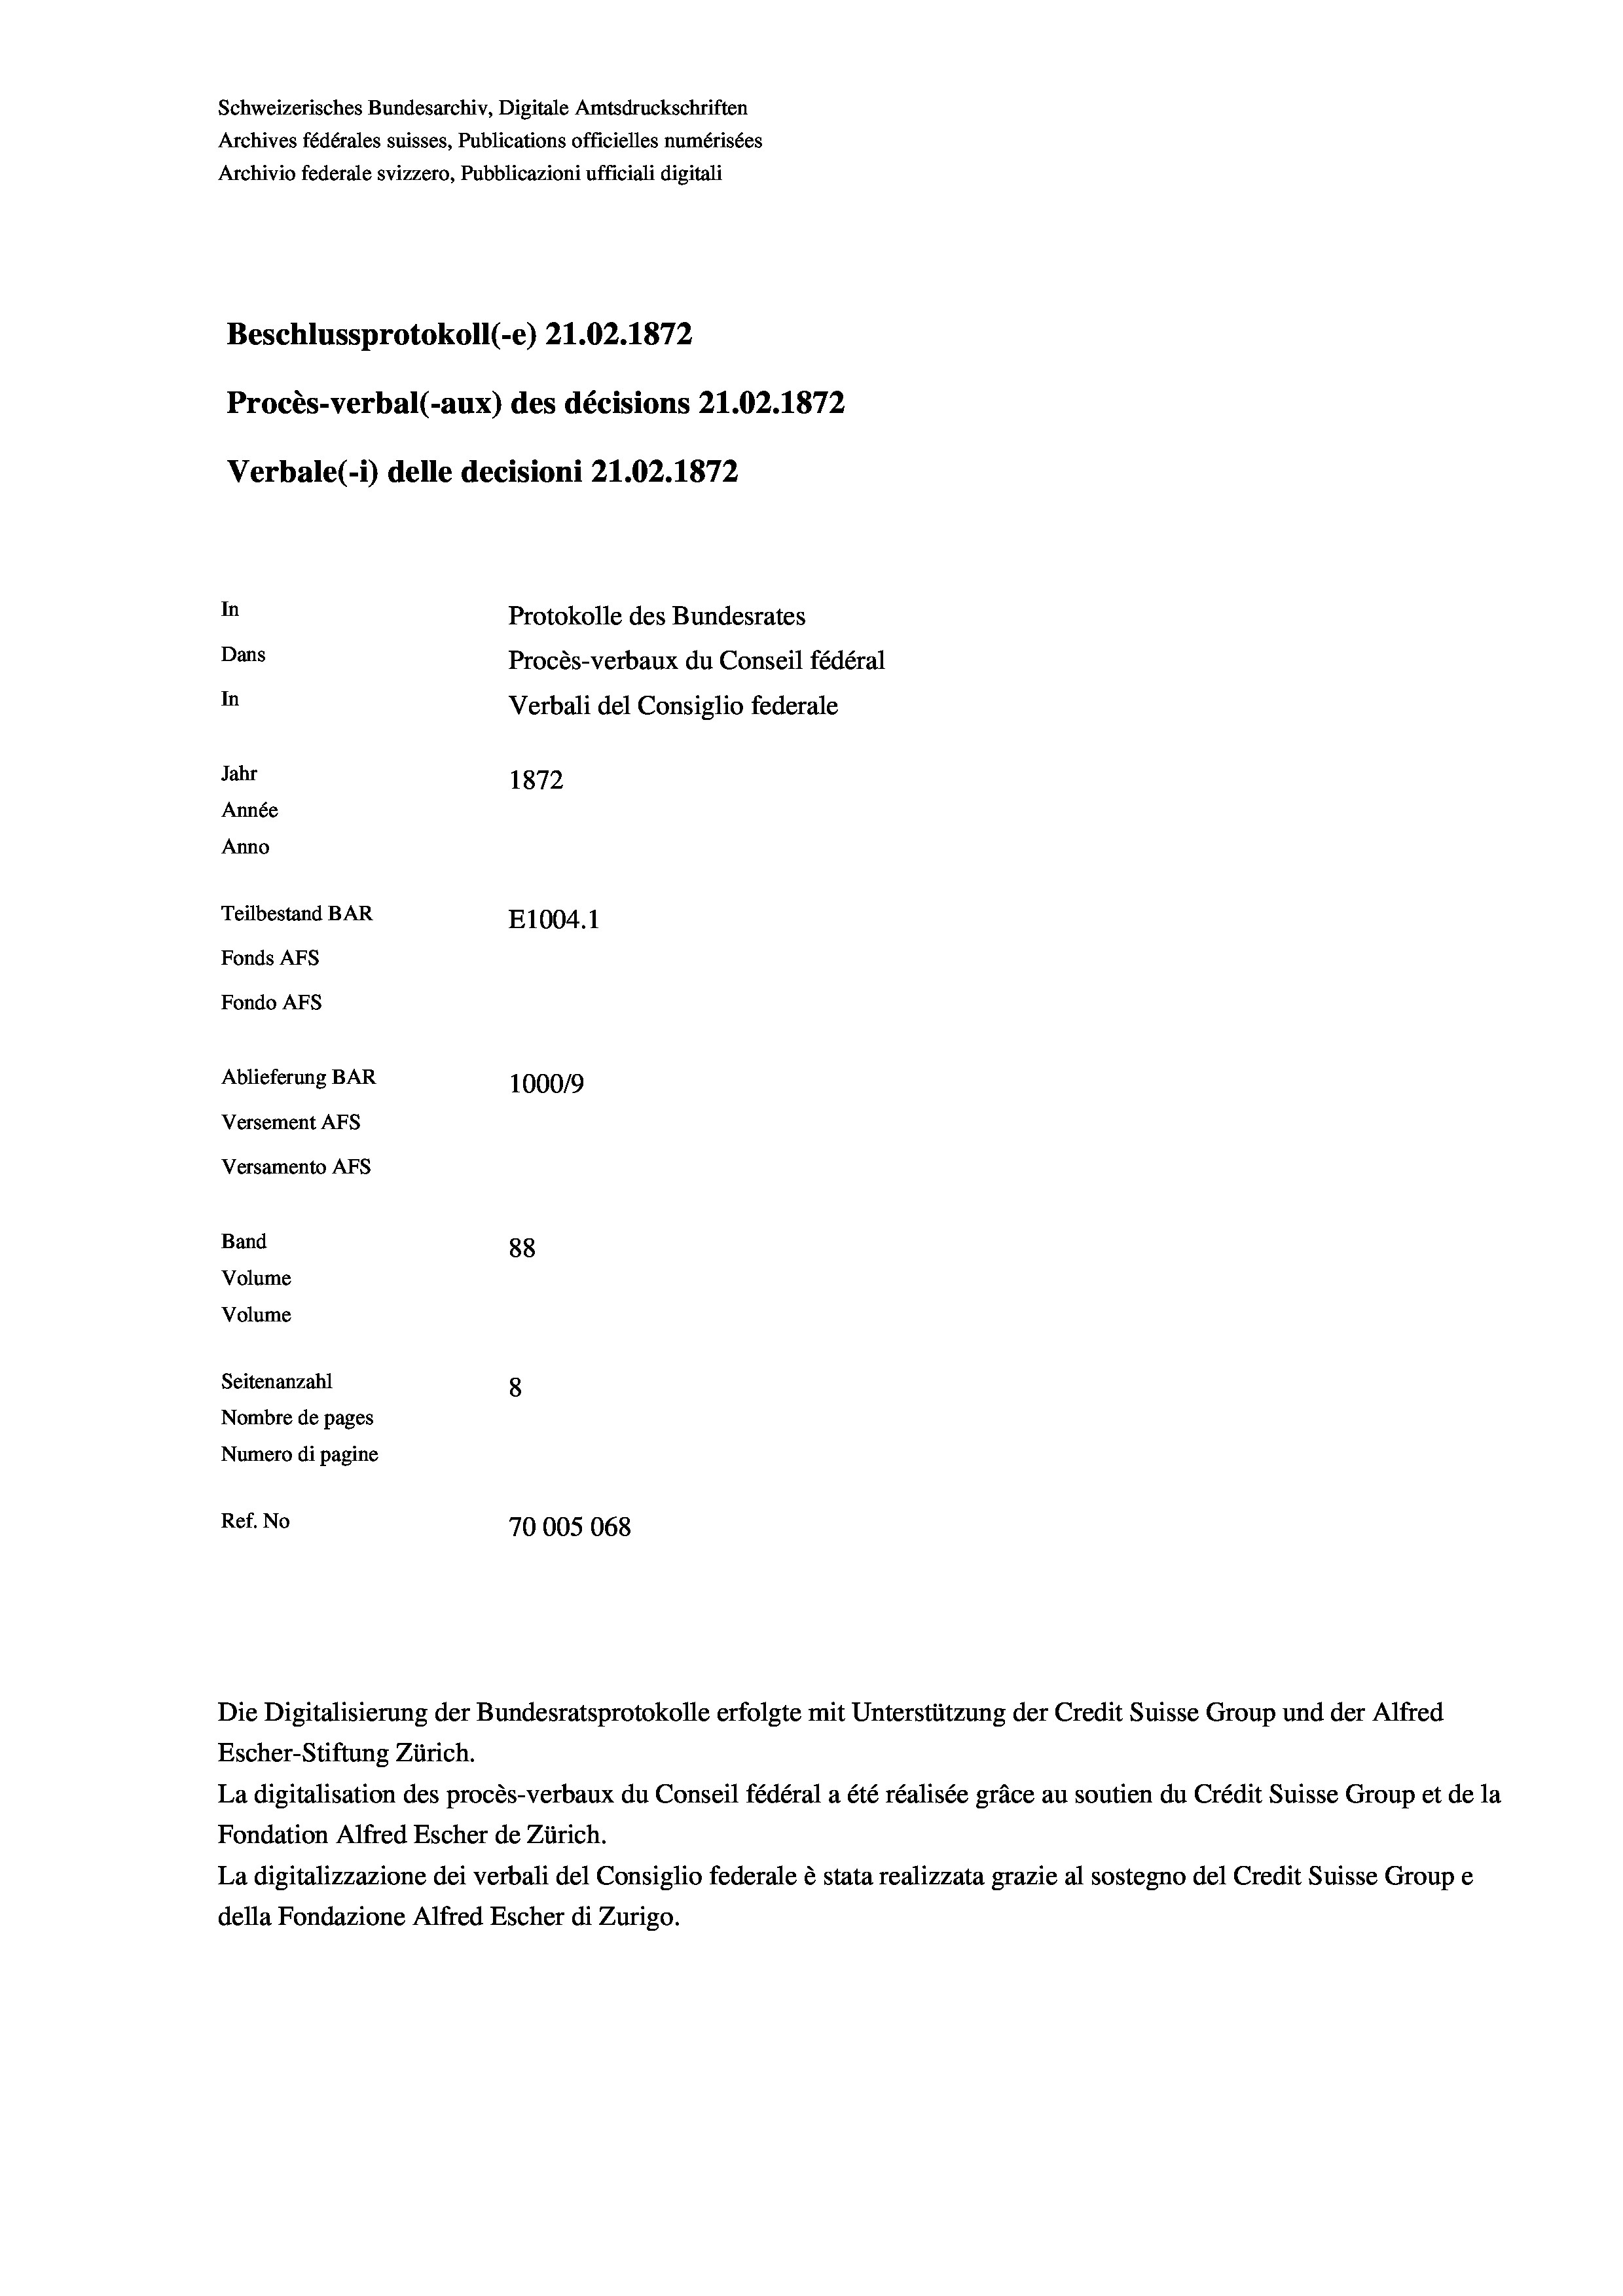
Schweizerisches Bundesarchiv, Digitale Amtsdruckschriften
Archives fédérales suisses, Publications officielles numérisées
Archivio federale svizzero, Pubblicazioni ufficiali digitali
Beschlussprotokoll (-e) 21.02. 1872
Procès-verbal (-aux) des décisions 21.02.1872
Verbale (i) delle decisioni 21.02. 1872
In
Protokolle des Bundesrates
Dans
Procès-verbaux du Conseil fédéral
In
Verbali del Consiglio federale
Jahr
1872
Année
Anno
Teilbestand BAR
E1004.1
Fonds AEs
Fondo AFs
Ablieferung BAR
100019
Versement AFS
Versamento AFs

Band
Volume
Volume

88
Seitenanzahl
8
Nombre de pages
Numero di pagine
Ref. No
70005068

Escher-Stiftung Zürich.
La digitalisation des procès-verbaux du Conseil fédéral a été réalisée gräce au soutien du Crédit Suisse Group et de la
Fondation Alfred Escher de Zürich.
La digitalizzazione dei verbali del Consiglio federale è stata realizzata grazie al sostegno del Credit Suisse Groupe
della Fondazione Alfred Escher di Zurigo.

Die Digitalisierung der Bundesratsprotokolle erfolgte mit Unterstützung der Credit Suisse Group und der Alfred